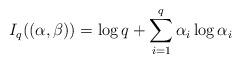
LaTeX: \begin{align*}I_q((\alpha,\beta)) = \log q + \sum_{i=1}^q \alpha_i \log \alpha_i\end{align*}